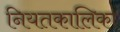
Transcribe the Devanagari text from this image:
नियतकालिका